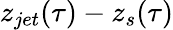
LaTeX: z_{jet}(\tau)-z_{s}(\tau)